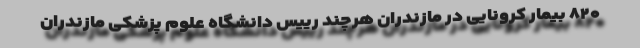
۸۲۰ بیمار کرونایی در مازندران هرچند رییس دانشگاه علوم پزشکی مازندران